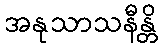
အနုသာသနီန္တိ